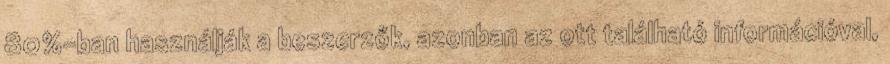
80%-ban használják a beszerzők, azonban az ott található információval,